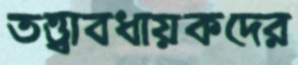
তত্ত্বাবধায়কদের